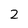
Character: 2